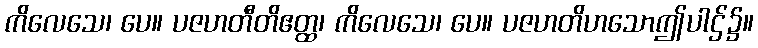
ကိလေသေ၊ ပေ။ ပဇဟတီတိဧတ္ထ၊ ကိလေသေ၊ ပေ။ ပဇဟတိဟသောဤပါဌ်၌။